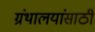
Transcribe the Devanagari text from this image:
ग्रंथालयांसाठी